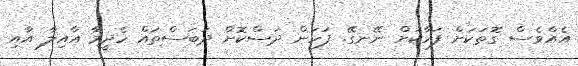
އެއްވެސް ގޮތަކަށް ފަހާކަށް ނޭނގޭ. ފަހަން ދަސްކޮށް ދަބަސްތައް ހެދީމާ އާއިލާ އާއި